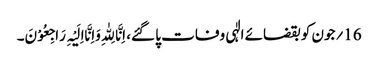
16؍جون کو بقضائے الٰہی وفات پا گئے، اِنَّا لِلّٰہِ وَاِنَّااِلَیْہِ رَاجِعُوْنَ۔